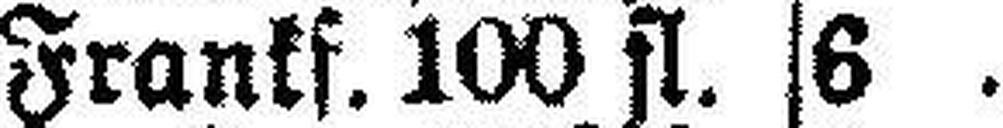
Frankf. 100 fl. 6